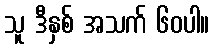
သူ ဒီနှစ် အသက် ၆၀ပါ။